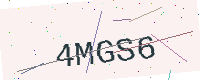
Text: 4MGS6